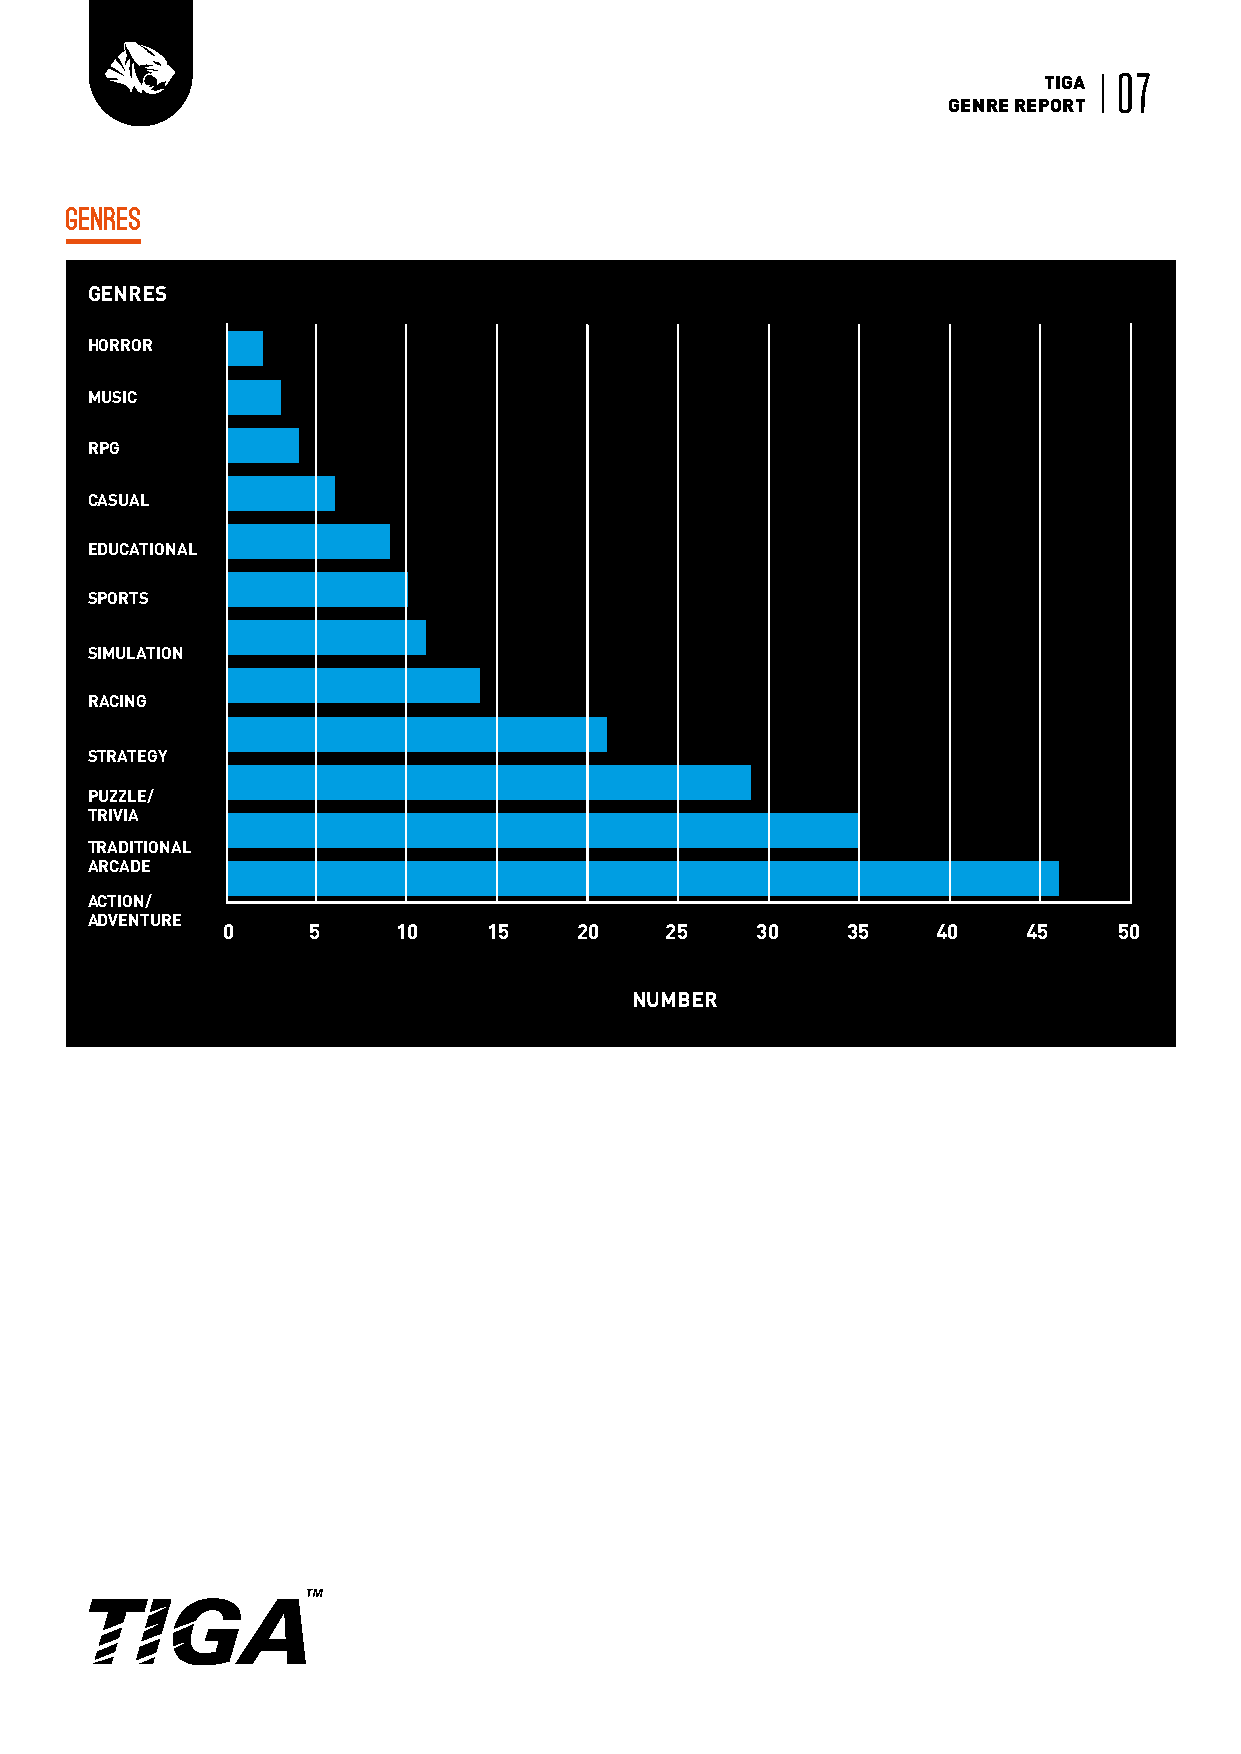
TIGA 07
 GENRE REPORT
 Genres
 GENRES
 HORROR
 MUSIC
 RPG
 CASUAL
 EDUCATIONAL
 SPORTS
 SIMULATION
 RACING
 STRATEGY
 PUZZLE/
 TRIVIA
 TRADITIONAL
 ARCADE
 ACTION/
 ADVENTURE
 0    5     10    15    20    25    30    35    40    45    50
 NUMBER